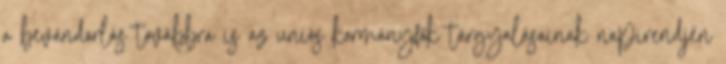
a bevándorlás továbbra is az uniós kormányfők tárgyalásainak napirendjén